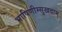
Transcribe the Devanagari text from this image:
भाषिणीम्सुखदाम्